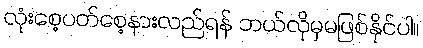
လုံးစေ့ပတ်စေ့နားလည်ရန် ဘယ်လိုမှမဖြစ်နိုင်ပါ။